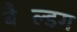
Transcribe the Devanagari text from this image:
बैल्डिंग